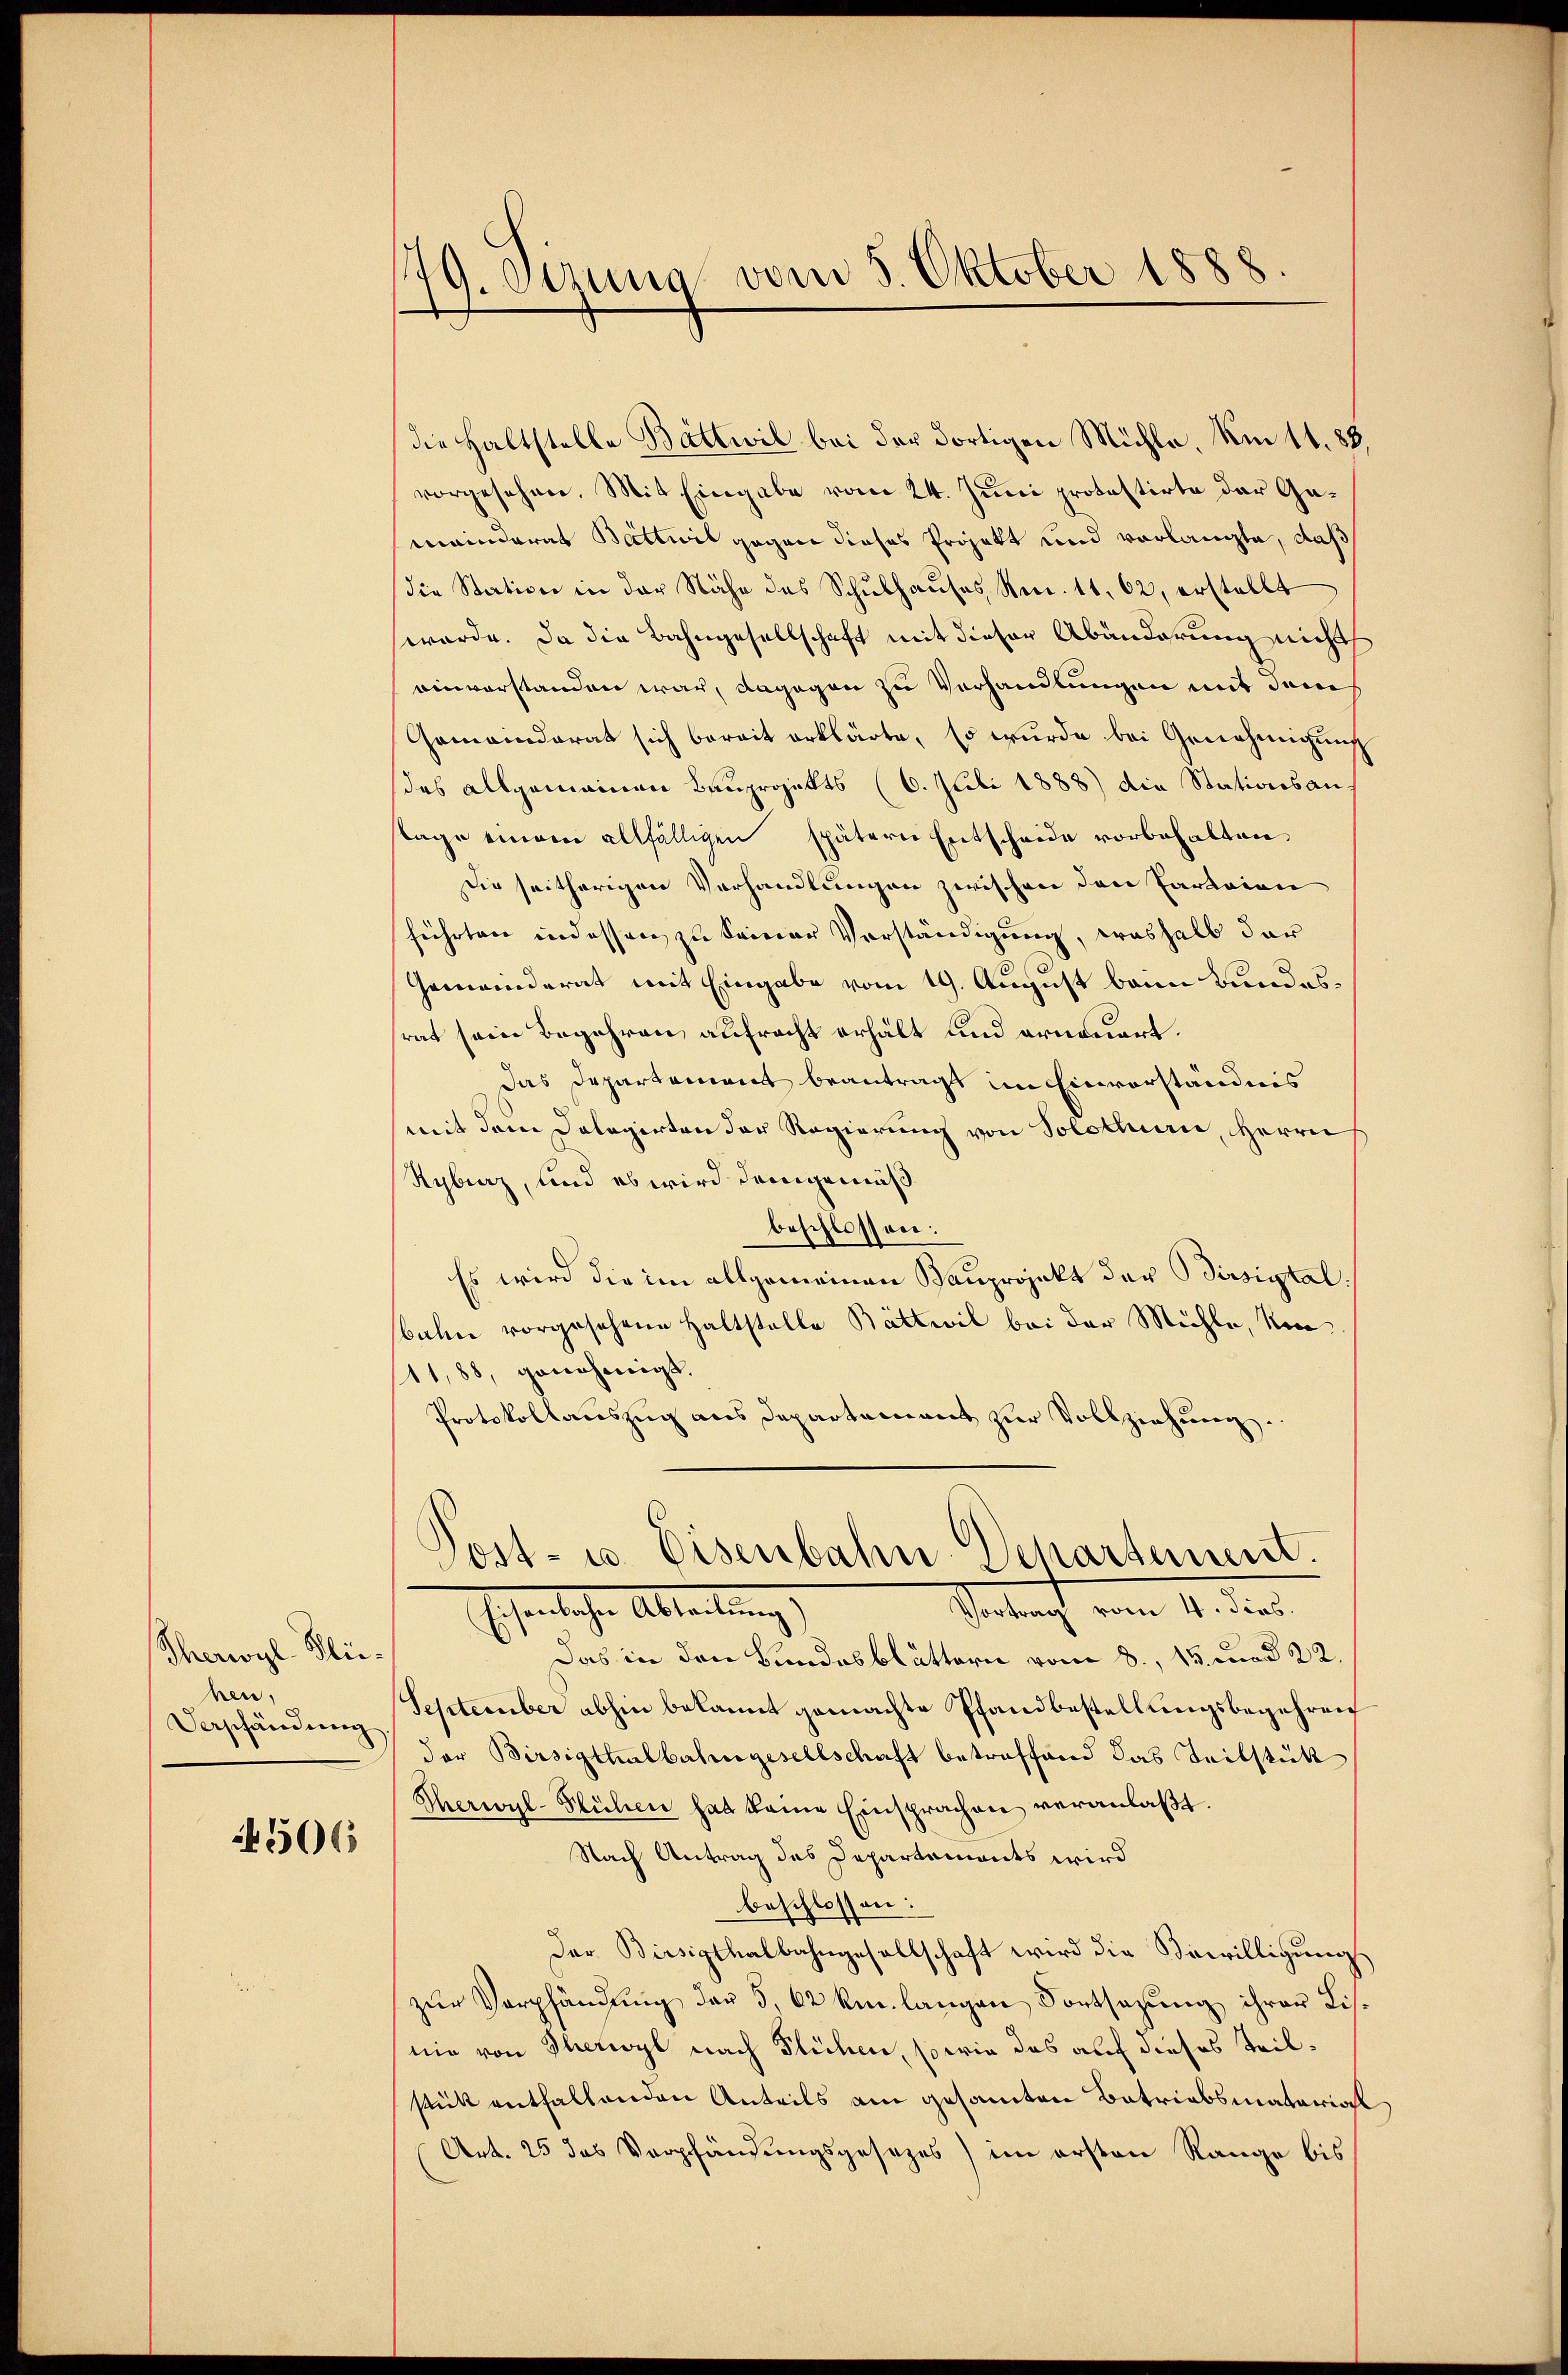
Therwyl Kleihen,
Verschändung

506

179. Sizung vom 5. Oktober 1888

die Haltstelle Battwil bei der dortigen Mühle. Am 11. 88,
vorgesehen. Mit Eingabe vom 24. Juni protestirte der Gemeinderat Battwil gegen dieses Projekt und vorlangte, daß
die Station in der Nähe das Schŭlhaŭses Nr. 11. 62, erstellt
werde. Da die Bahngesellschaft mit dieser Abänderung nicht
einverstanden war, dagegen zu Verhandlungen mit dem
Gemeinderat sich bereit erklärte, so wurde bei Genehmigung
des allgemeinen Bauprojekts (6. Juli 1888) die Stationsanstage einem allfälligen spätern Entscheide vorbehalten.
Die seitherigen Verhandlungen zwischen den Parteien
führten indessen zu seiner Verständigung, weshalb der
Gemeinderat mit Eingabe vom 19. August beim Bundesrat sein Begehren aufracht erhält und erneuert.
Das Departement beantragt im Einverständnis
mit dem Dolegirten der Regierung von Solothur, Herrn
Ryburz, und es wird demgemäß
beschlossen:
Es wird die im allgemeinen Bauprojekt der Birsiytalbahn vorgesehene Haltstelle Bättwil bei der Mühle, Um
11,88, genehmigt.
Protokollauszug aus Departement zur Vollziehung.
Post- u. Eisenbahn-Departement.
Setracht vom 14. der
Gehenliche Abtreitung
Das in den Bundesblättern vom 8., 13. und 22
September abhin bekannt gemachte Pfandbestellungsbegehren
der Birsigthalbahngesellschaft betreffend das Teilstück
Therwyl-Blühen hat keine Einsprachen veranlaßt.
Nach Antrag des Departements wird
beschlossen:
Der Birsipthalbahngesellschaft wird die Bewilligungs
zur Verpfändung der 5, 62 km langen Fortsazung ihrer Lisnie von Therwyl nach Flüchen, so wie das auf dieses Teilstük entfallenden Anteils am gesamten Batriabsmatorial
Art. 25 das Verpfändungsgesezes) im ersten Range bis